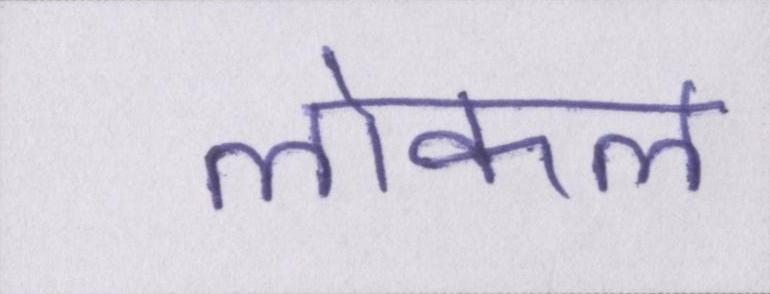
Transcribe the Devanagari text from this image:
लोकल